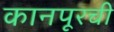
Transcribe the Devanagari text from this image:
कानपूरची